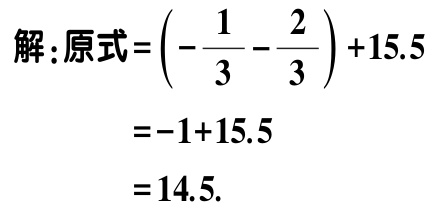
解：原式=\(\left(-\frac{1}{3}-\frac{2}{3}\right)+15.5\)
\(=-1 + 15.5\)
\(= 14.5\).